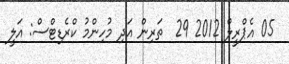
05 އެޕްރީލް 2012 29  ތަރިން އަދި މުހިންމު ކްރެޑިޓްސް: އަލީ